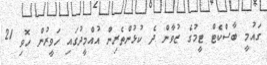
ގައުމީ ބާސްކެޓް ޓީމުގެ ޒުވާން ދެ ކުޅުންތެރިން އުއްމީދުގައި ހަވީރުން ހޮވި 21